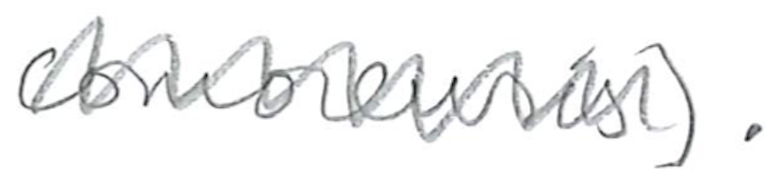
Text: comorensis).
Cross-out: mix
Writing tool: pencil